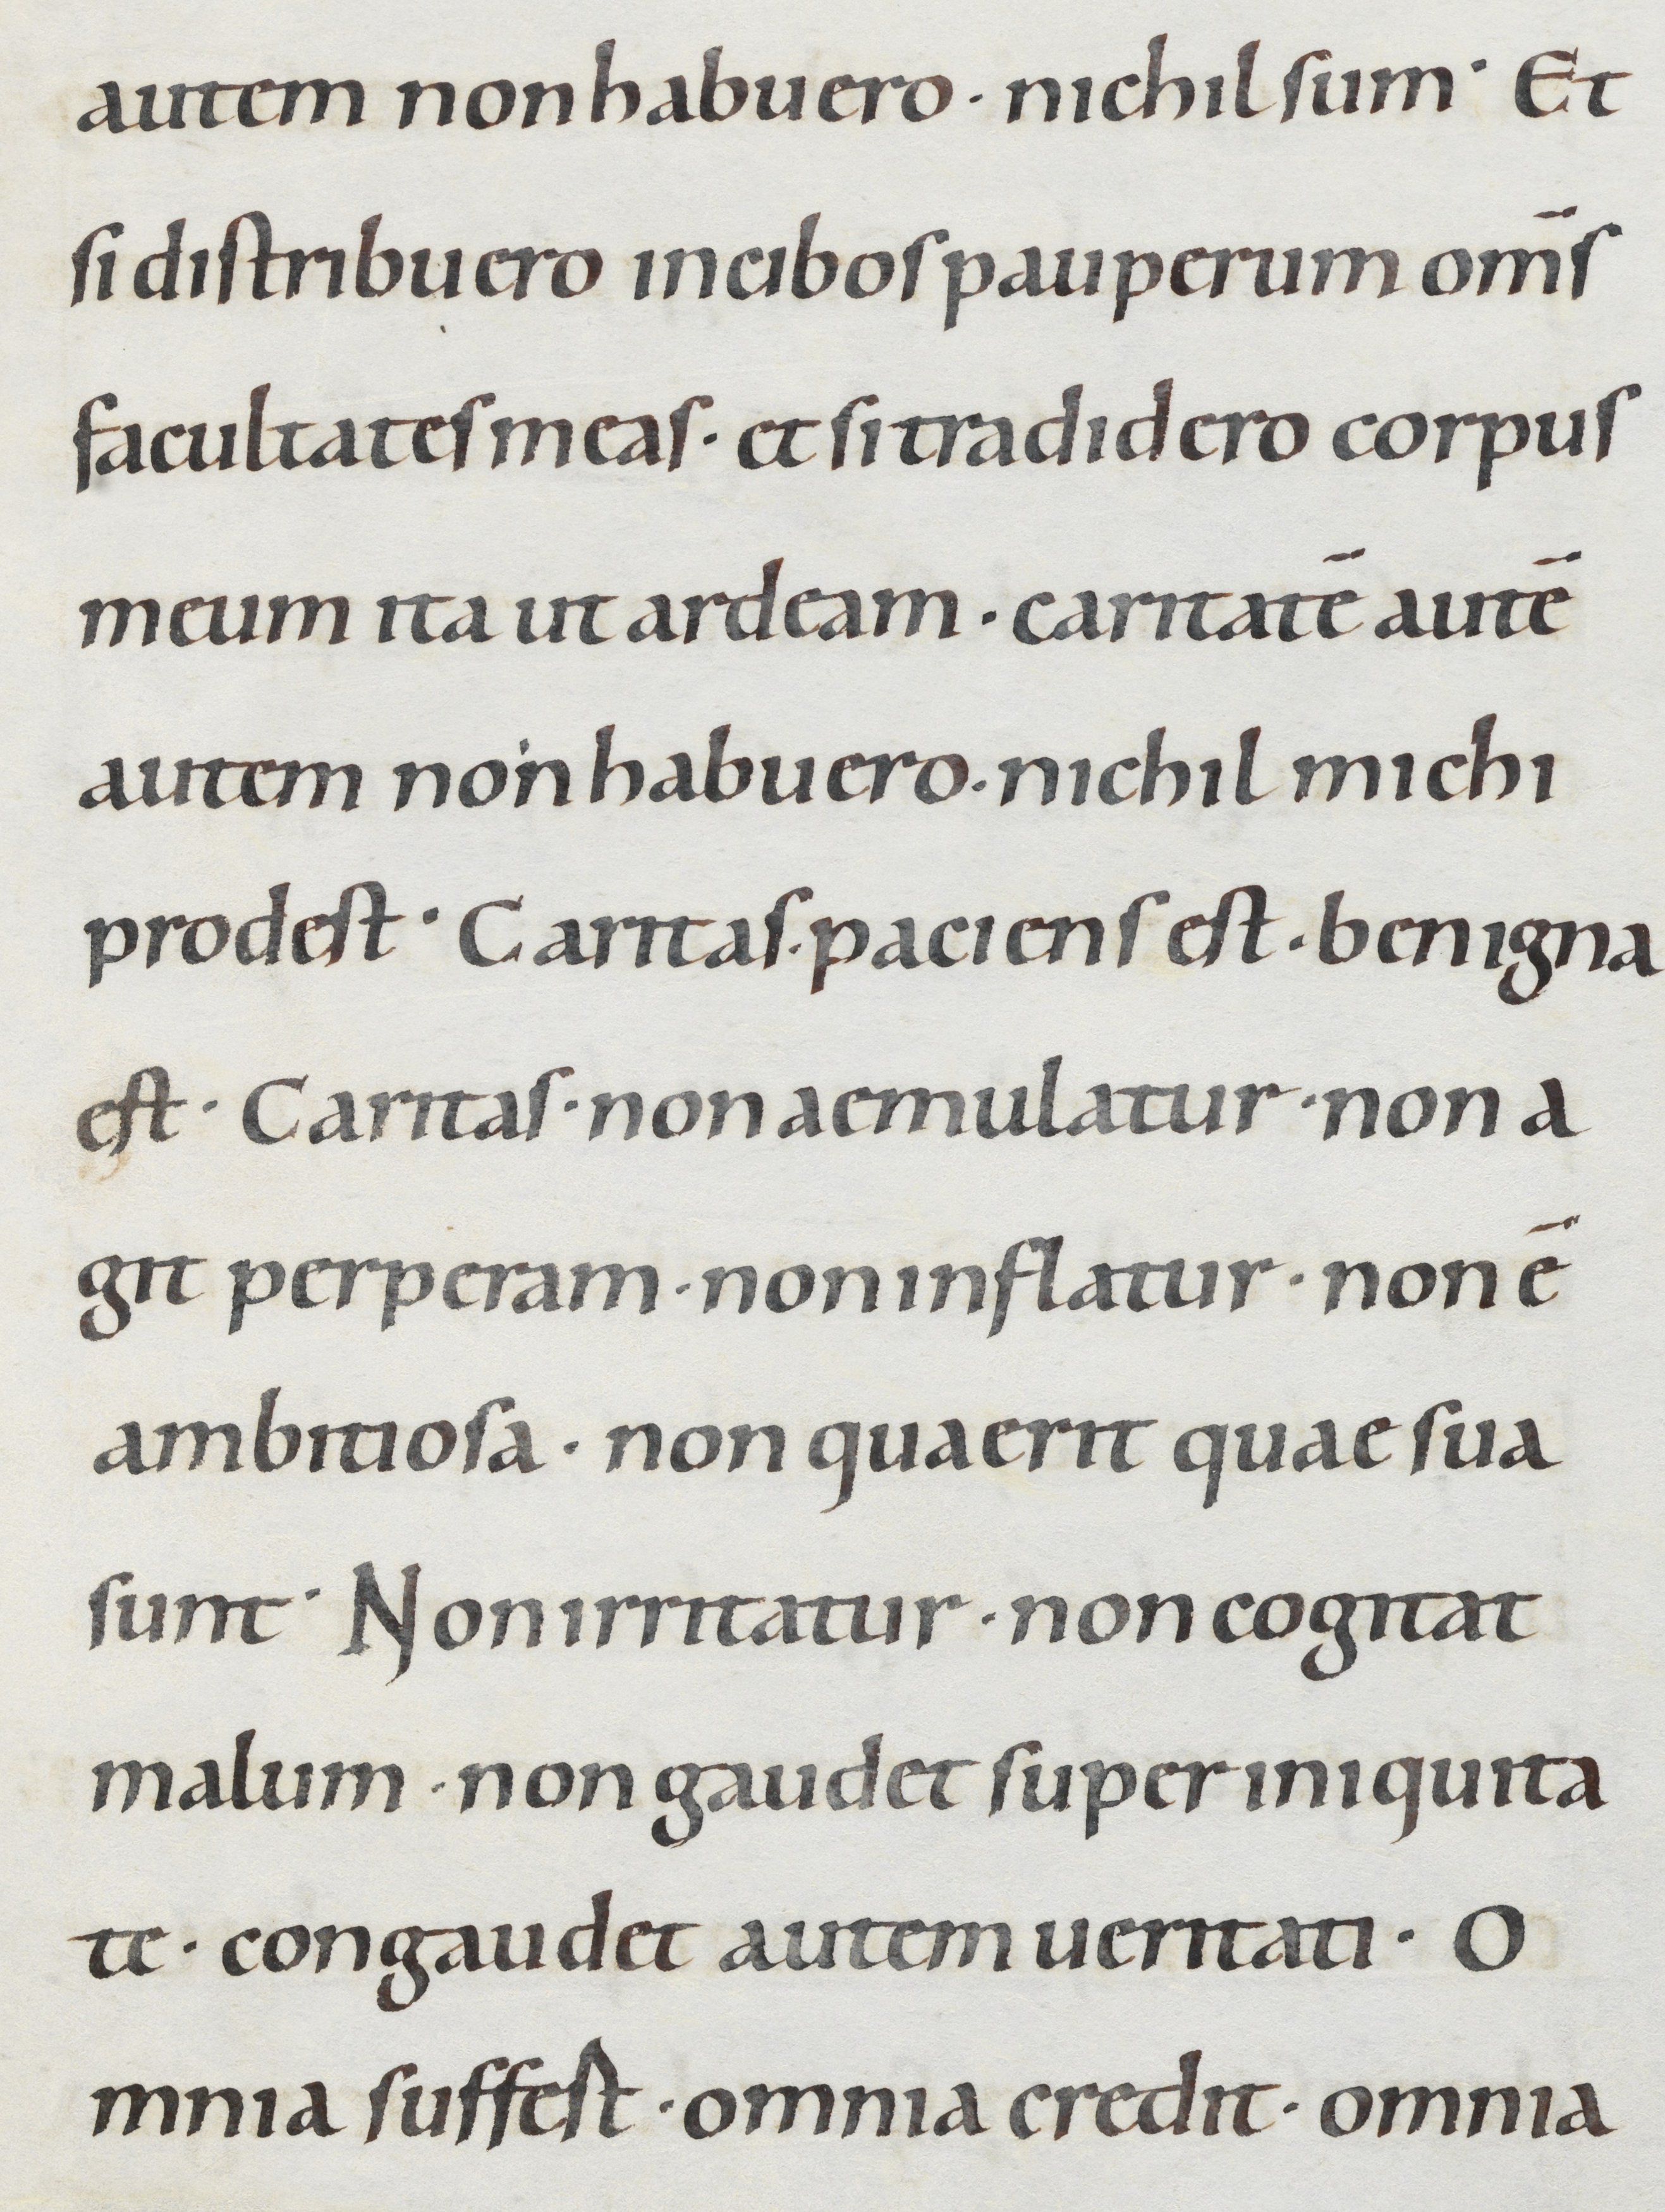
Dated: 1000–1049